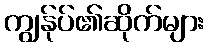
ကျွန်ုပ်၏ဆိုက်များ